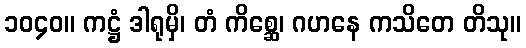
၁၀၄၀။ ကဋ္ဌံ ဒါရုမှိ၊ တံ ကိစ္ဆေ၊ ဂဟနေ ကသိတေ တိသု။